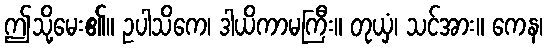
ဤသို့မေး၏။ ဥပါသိကေ၊ ဒါယိကာမကြီး။ တုယှံ၊ သင်အား။ ကေန၊